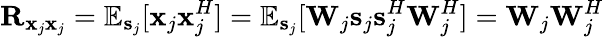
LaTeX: \mathbf{R}_{\mathbf{x}_{j}\mathbf{x}_{j}}=\mathbb{E}_{\mathbf{s}_{j}}[\mathbf{x}_{j}\mathbf{x}_{j}^{H}]=\mathbb{E}_{\mathbf{s}_{j}}[\mathbf{W}_{j}\mathbf{s}_{j}\mathbf{s}_{j}^{H}\mathbf{W}_{j}^{H}]=\mathbf{W}_{j}\mathbf{W}_{j}^{H}